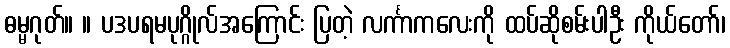
ဓမ္မဂုတ်။ ။ ပဒပရမပုဂ္ဂိုလ်အကြောင်း ပြတဲ့ လင်္ကာကလေးကို ထပ်ဆိုစမ်းပါဦး ကိုယ်တော်၊